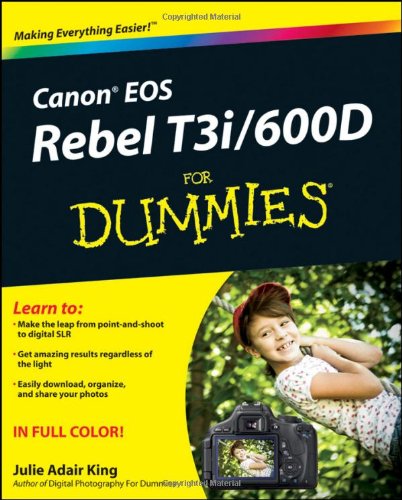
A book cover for Canon EOS Rebel T3i / 600D For Dummies; Julie Adair King; Arts & Photography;